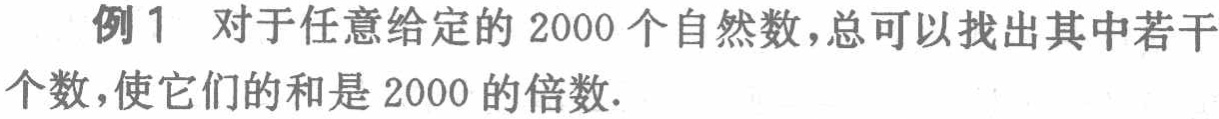
例1 对于任意给定的 2000 个自然数，总可以找出其中若干个数，使它们的和是 2000 的倍数.